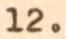
12.